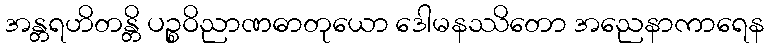
အန္တရဟိတန္တိ ပဉ္စဝိညာဏဓာတုယော ဒေါမနဿိတော အညေနာကာရေန